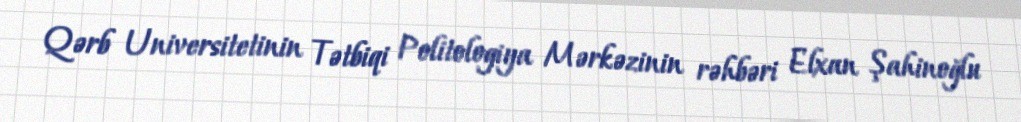
Qərb Universitetinin Tətbiqi Politologiya Mərkəzinin rəhbəri Elxan Şahinoğlu